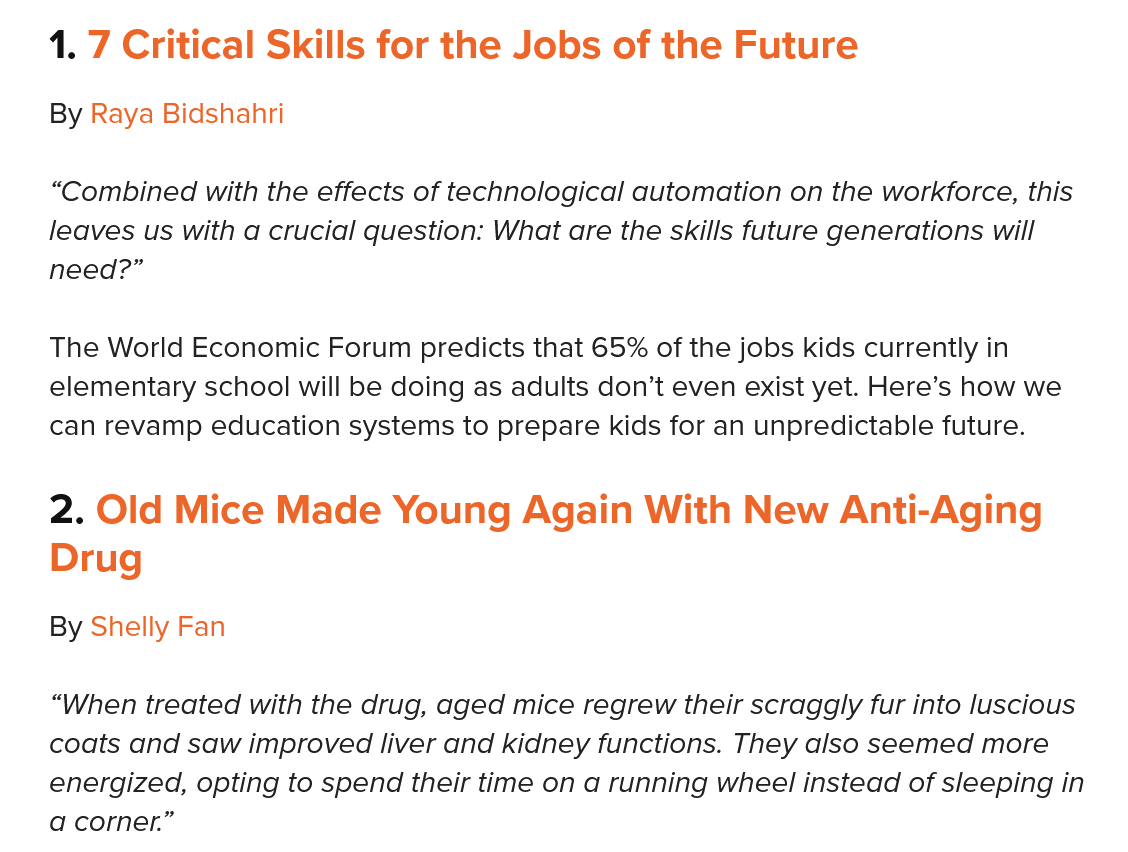
“When treated with the drug, aged mice regrew their scraggly fur into luscious
    coats and saw improved liver and kidney functions. They also seemed more
    energized, opting to spend their time on a running wheel instead of sleeping ir
    a corner.”
    1. 7 Critical Skills for the  Jobs   of the  Future
    By Raya Bidshahri
    “Combined with the effects of technological automation on the workforce, this
    leaves us with a crucial question: What are the skills future generations will
    need?”
    The World Economic Forum predicts that 65% of the jobs kids currently in
    elementary school will be doing as adults don’t even exist yet. Here’s how we
    can revamp education systems to prepare kids for an unpredictable future.
    2. Old  Mice   Made   Young    Again   With  New    Anti-Aging
    Drug
    By Shelly Fan